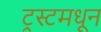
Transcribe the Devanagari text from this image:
ट्रस्टमधून